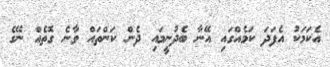
އެކަމަކު އެފަދަ ކަމެއްގައި އޭނާ ބެދުނީމައި ދެން ކަންތައް ވާނެ ގޮތެއް ނޭގެ